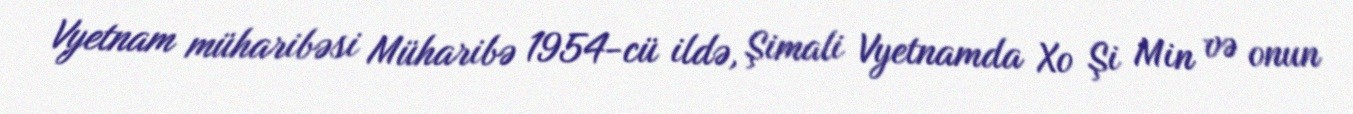
Vyetnam müharibəsi Müharibə 1954-cü ildə, Şimali Vyetnamda Xo Şi Min və onun